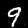
Digit: 9